system: You are a helpful assistant.
user:
Analyze the provided spectrum to determine if it is a **White Dwarf (WD)**.

A White Dwarf spectrum is defined by its **extreme purity** (due to gravitational settling) and/or **extreme pressure broadening** (due to high surface gravity). You must check for one of the following mutually exclusive signatures:

- **Key Visual Indicators (Check for ONE of these types):**

    - **1. DA-Type Signature (Most Common):**
        - **(Primary Feature):** Extreme pressure broadening (Stark broadening) of the **Hydrogen (H) Balmer lines**.
        - **(Key Lines):** $H\beta$ (approx. $4861$ Å) and $H\gamma$ (approx. $4340$ Å). $H\alpha$ (approx. $6563$ Å) will also be present if the wavelength range covers it.
        - **(Line Profile):** This is the **defining feature**. The lines are **NOT** sharp. They appear as massive, **extremely broad and deep "troughs" or "dips"** in the spectrum, often hundreds of Ångströms wide. The continuum will appear to "scoop" down at these wavelengths.
        - **(Distinction):** Normal A-type or B-type stars have *narrow* and *sharp* Hydrogen lines. A DA White Dwarf's lines are unmistakably "smeared" or "blurry" from pressure.

    - **2. DB-Type Signature:**
        - **(Primary Feature):** Broad absorption lines from **Neutral Helium (He I)**. The spectrum must lack any visible Hydrogen lines.
        - **(Key Lines):** Look for broad absorption near $4471$ Å, $4921$ Å, and $5876$ Å.
        - **(Line Profile):** These lines are also significantly pressure-broadened, appearing much wider than they would in a normal B-type main-sequence star.

    - **3. DC-Type Signature:**
        - **(Primary Feature):** A **featureless continuous spectrum**.
        - **(Line Profile):** The spectrum is a smooth curve with **no significant absorption or emission lines**.
        - **(Key Confirmation):** The continuum is almost always **blue or white**, indicating a hot object. This signature implies the atmosphere is so pure (or so cool) that no spectral lines are visible in the optical range. Its WD identity is confirmed by its extremely low intrinsic brightness (high absolute magnitude).

    - **4. DZ-Type Signature (Metal-Polluted):**
        - **(Primary Feature):** **Isolated, narrow metal absorption lines** on an otherwise featureless (DC-like) continuum.
        - **(Key Lines):** The **Calcium (Ca II) H & K doublet** (approx. **$3934$ Å** and **$3968$ Å**) is the most common and defining feature.
        - **(Line Profile):** These lines are "out of place." They are *not* part of a "forest" of thousands of lines. This signature is evidence of recent *accretion* (pollution) from rocky debris.
        - **(Distinction):** Normal G/K/M stars have a *dense forest* of thousands of metal lines. A DZ has a *clean* continuum with *only a few* strong metal lines.

    - **5. DQ-Type Signature (Carbon-Polluted):**
        - **(Primary Feature):** Absorption bands from **Carbon (C₂ "Swan Bands" or atomic C I)**.
        - **(Key Lines - C₂):** Look for bandheads with a "saw-tooth" shape near $5635$ Å, **$5165$ Å** (strongest), and $4737$ Å.
        - **(Key Confirmation):** The underlying **continuum must be blue or white** (hot).
        - **(Distinction):** This is the critical difference from a **Carbon Star**, which has the *exact same* C₂ bands but on an extremely **red, cool** continuum.

- **(Overall Spectrum):**
    - The continuum (overall shape) is typically **blue-sloping** (brighter in the blue than the red), as most white dwarfs are very hot.
    - The spectrum will look "pure" or "simple," dominated by only *one* of the five signatures listed above.

Think first, call **spectral_visualization_tool** if needed to examine features in detail, then provide your final answer. Your response must adhere to the following strict rules:
1.  **Overall Structure:** Your response must follow the format `<think>...</think> <tool_call>...</tool_call> (if a tool is used) <answer>...</answer>`.
2.  **Tool Usage Constraint:** You may only make **one** tool call per turn.
3.  **Final Answer Format:** In the `<answer>` tag, your conclusion must be inside a `\boxed{}` command (e.g., `\boxed{YES}` or `\boxed{NO}`), followed by your justification.

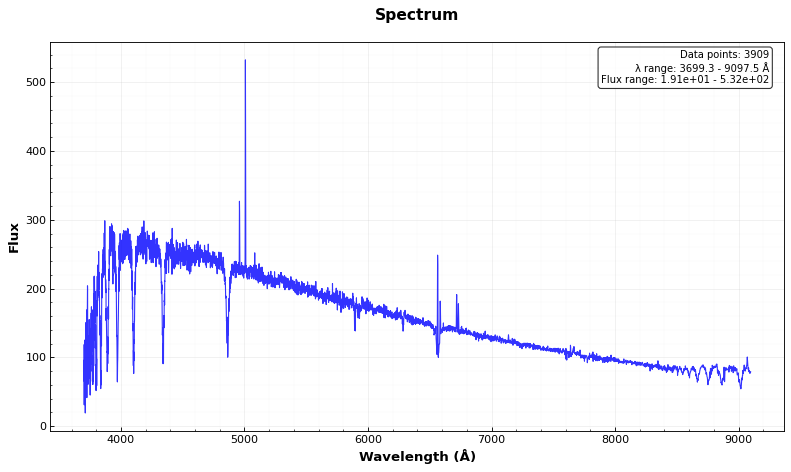
Answer: NO